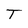
Character: T